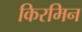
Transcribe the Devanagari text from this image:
किरमिन